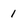
Character: 1